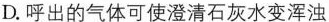
D.呼出的气体可使澄清石灰水变浑浊